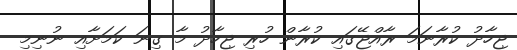
ޖިހާދު ކުރާނަމަ ރާއްޖޭގައި ކުރާން ހުރި ޖިހާދު މާ ގިނަ ކަމަށާއި ނުނިމި